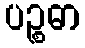
ပဉ္စဓာ